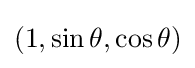
(1,\sin \theta ,\cos \theta )